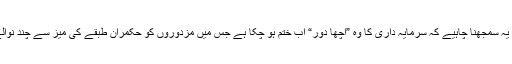
ائر لائن مزدوروں کو یہ سمجھنا چاہیے کہ سرمایہ داری کا وہ ”اچھا دور“ اب ختم ہو چکا ہے جس میں مزدوروں کو حکمران طبقے کی میز سے چند نوالے میسر آ جاتے تھے۔